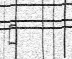
٩